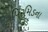
પિરમિડના